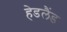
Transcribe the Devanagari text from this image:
हेडलैंड